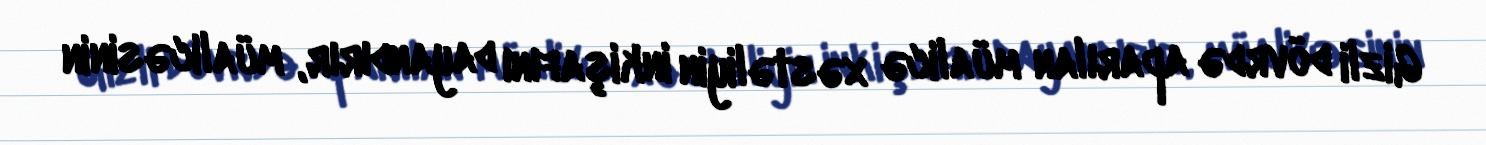
Gizli dövrdə aparılan müalicə xəstəliyin inkişafını dayandırır, müalicəsinin